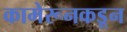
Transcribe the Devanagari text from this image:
कामेरूनकडून